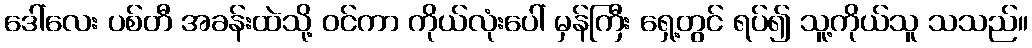
ဒေါ်လေး ပစ်တီ အခန်းထဲသို့ ဝင်ကာ ကိုယ်လုံးပေါ် မှန်ကြီး ရှေ့တွင် ရပ်၍ သူ့ကိုယ်သူ သသည်။